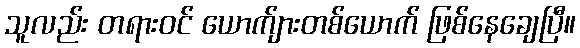
သူလည်း တရားဝင် ယောက်ျားတစ်ယောက် ဖြစ်နေချေပြီ။